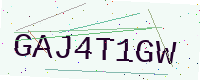
Text: GAJ4T1GW